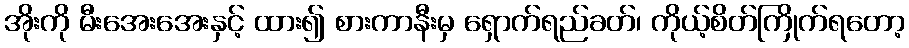
အိုးကို မီးအေးအေးနှင့် ထား၍ စားကာနီးမှ ရှောက်ရည်ခတ်၊ ကိုယ့်စိတ်ကြိုက်ရတော့